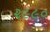
૨૯૯૦